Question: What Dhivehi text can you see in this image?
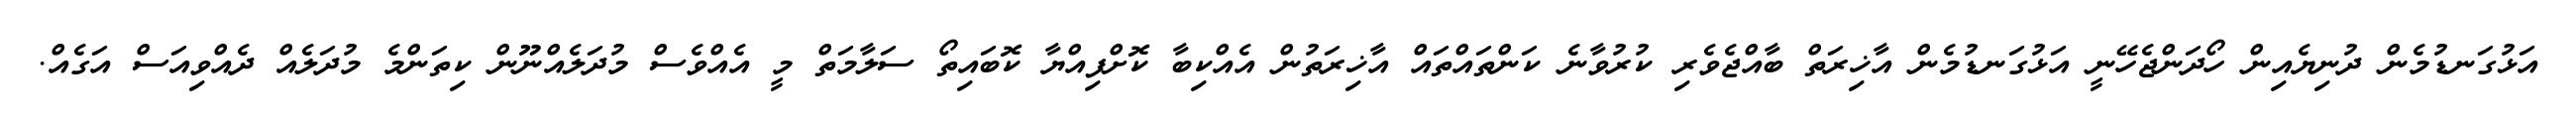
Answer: އަޅުގަނޑުމެން ދުނިޔެއިން ހޯދަންޖެހޭނީ އަޅުގަނޑުމެން އާޚިރަތް ބާއްޖެވެރި ކުރުވާނެ ކަންތައްތައް އާޚިރަތުން އެއްކިބާ ކޮށްފިއްޔާ ކޮބައިތޯ ސަލާމަތް މީ އެއްވެސް މުދަލެއްނޫން ކިތަންމެ މުދަލެއް ދެއްވިއަސް އަގެއް.